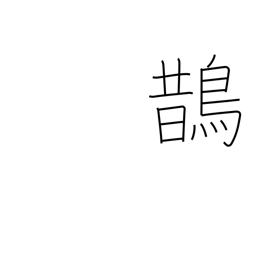
Meaning: magpie